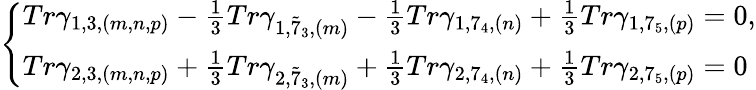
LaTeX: \left\{ \begin{array}{l}{{Tr\gamma_{1,3,(m,n,p)}-\frac{1}{3}Tr\gamma_{1,\tilde{7}_{3},(m)}-\frac{1}{3}Tr\gamma_{1,7_{4},(n)}+\frac{1}{3}Tr\gamma_{1,7_{5},(p)}=0,}}\\ {{Tr\gamma_{2,3,(m,n,p)}+\frac{1}{3}Tr\gamma_{2,\tilde{7}_{3},(m)}+\frac{1}{3}Tr\gamma_{2,7_{4},(n)}+\frac{1}{3}Tr\gamma_{2,7_{5},(p)}=0}}\end{array}\right.